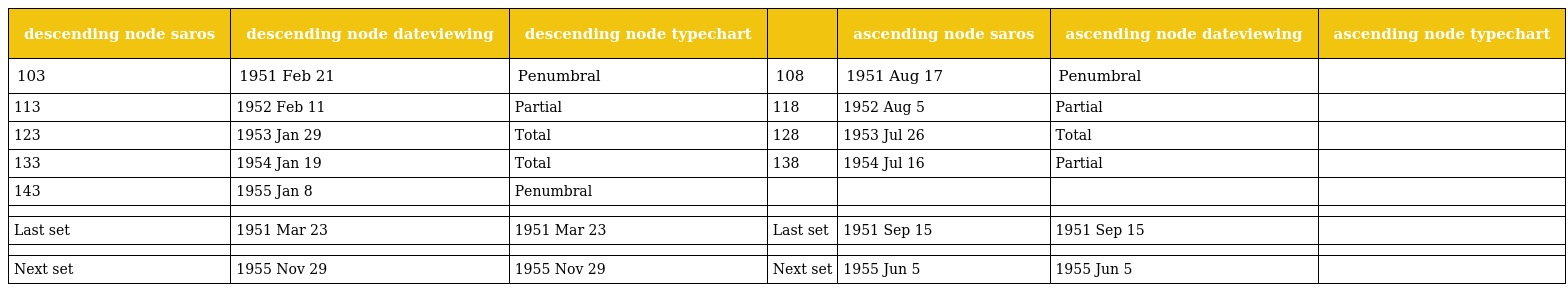
| descending node saros | descending node dateviewing | descending node typechart |  | ascending node saros | ascending node dateviewing | ascending node typechart |
 | --- | --- | --- | --- | --- | --- | --- |
 | 103 | 1951 Feb 21 | Penumbral | 108 | 1951 Aug 17 | Penumbral |  |
 | 113 | 1952 Feb 11 | Partial | 118 | 1952 Aug 5 | Partial |  |
 | 123 | 1953 Jan 29 | Total | 128 | 1953 Jul 26 | Total |  |
 | 133 | 1954 Jan 19 | Total | 138 | 1954 Jul 16 | Partial |  |
 | 143 | 1955 Jan 8 | Penumbral |  |  |  |  |
 |  |  |  |  |  |  |  |
 | Last set | 1951 Mar 23 | 1951 Mar 23 | Last set | 1951 Sep 15 | 1951 Sep 15 |  |
 |  |  |  |  |  |  |  |
 | Next set | 1955 Nov 29 | 1955 Nov 29 | Next set | 1955 Jun 5 | 1955 Jun 5 |  |